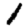
Digit: 1